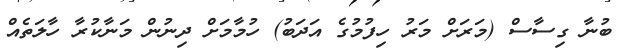
ބުނާ ގިސާސް (މަރަށް މަރު ހިފުމުގެ އަދަބު) ހުމާމަށް ދިނުން މަނާކުރާ ހާލަތެއް